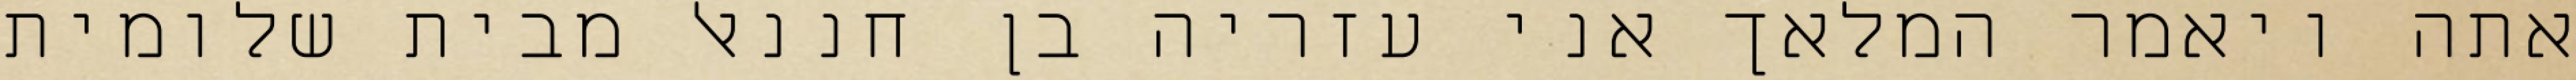
אתה ויאמר המלאך אני עזריה בן חננאל מבית שלומית